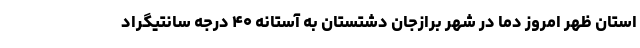
استان ظهر امروز دما در شهر برازجان دشتستان به آستانه ۴۰ درجه سانتیگراد